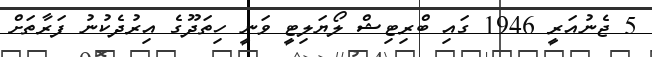
5 ޖެނުއަރީ 1946 ގައި ބްރިޓިޝް ލޯޔަލިޓީ ވަނީ ހިތަދޫގެ އިރުދެކުނު ފަރާތަށް